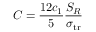
C = \frac { 1 2 c _ { 1 } } { 5 } \frac { S _ { R } } { \sigma _ { \mathrm { t r } } }